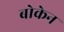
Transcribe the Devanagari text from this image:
बोकेन